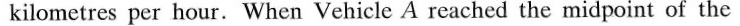
kilometres per hour. When Vehicle A reached the midpoint of the